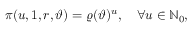
\pi ( u , 1 , r , \vartheta ) = \varrho ( \vartheta ) ^ { u } , \quad \forall u \in \mathbb { N } _ { 0 } ,